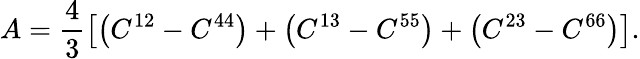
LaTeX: A=\frac 43\left[\left(C^{12}-C^{44}\right)+\left(C^{13}-C^{55}\right)+\left(C^{23}-C^{66}\right)\right].